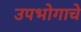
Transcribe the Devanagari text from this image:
उपभोगाचे